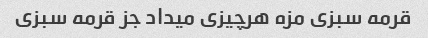
قرمه سبزی مزه هرچیزی میداد جز قرمه سبزی